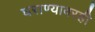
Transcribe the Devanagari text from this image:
घराण्यावरही